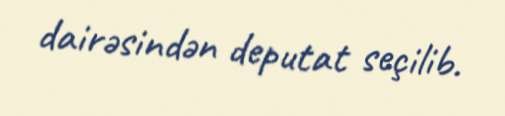
dairəsindən deputat seçilib.